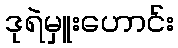
ဒုရဲမှူးဟောင်း